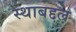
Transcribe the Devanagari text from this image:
स्थाबद्दल